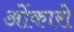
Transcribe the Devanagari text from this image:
ओंकारो